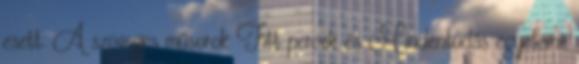
esett. A szöveges műsorok Fitt percek és Mindentudás egyeteme